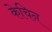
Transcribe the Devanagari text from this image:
केचिन